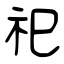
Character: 祀